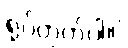
ရုပ်တွက်ပါ။]